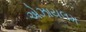
એઝાયલમ